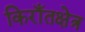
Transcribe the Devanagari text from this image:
किराँतक्षेत्र